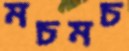
মচমচ